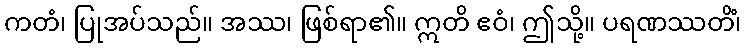
ကတံ၊ ပြုအပ်သည်။ အဿ၊ ဖြစ်ရာ၏။ ဣတိ ဧဝံ၊ ဤသို့။ ပရဏဿတိံ၊